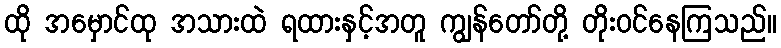
ထို အမှောင်ထု အသားထဲ ရထားနှင့်အတူ ကျွန်တော်တို့ တိုးဝင်နေကြသည်။